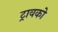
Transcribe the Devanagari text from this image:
ट्रावको